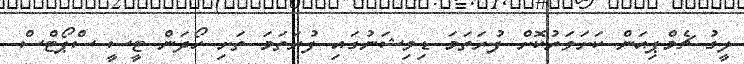
ލީގު ޗެމްޕިއަން ކަށަވަރުކޮށް ފުރަތަމަ ޑިވިޝަނުގައި ފުރަތަމަ ތަށި ހޯދަން ޓީސީ ސްޕޯޓްސް